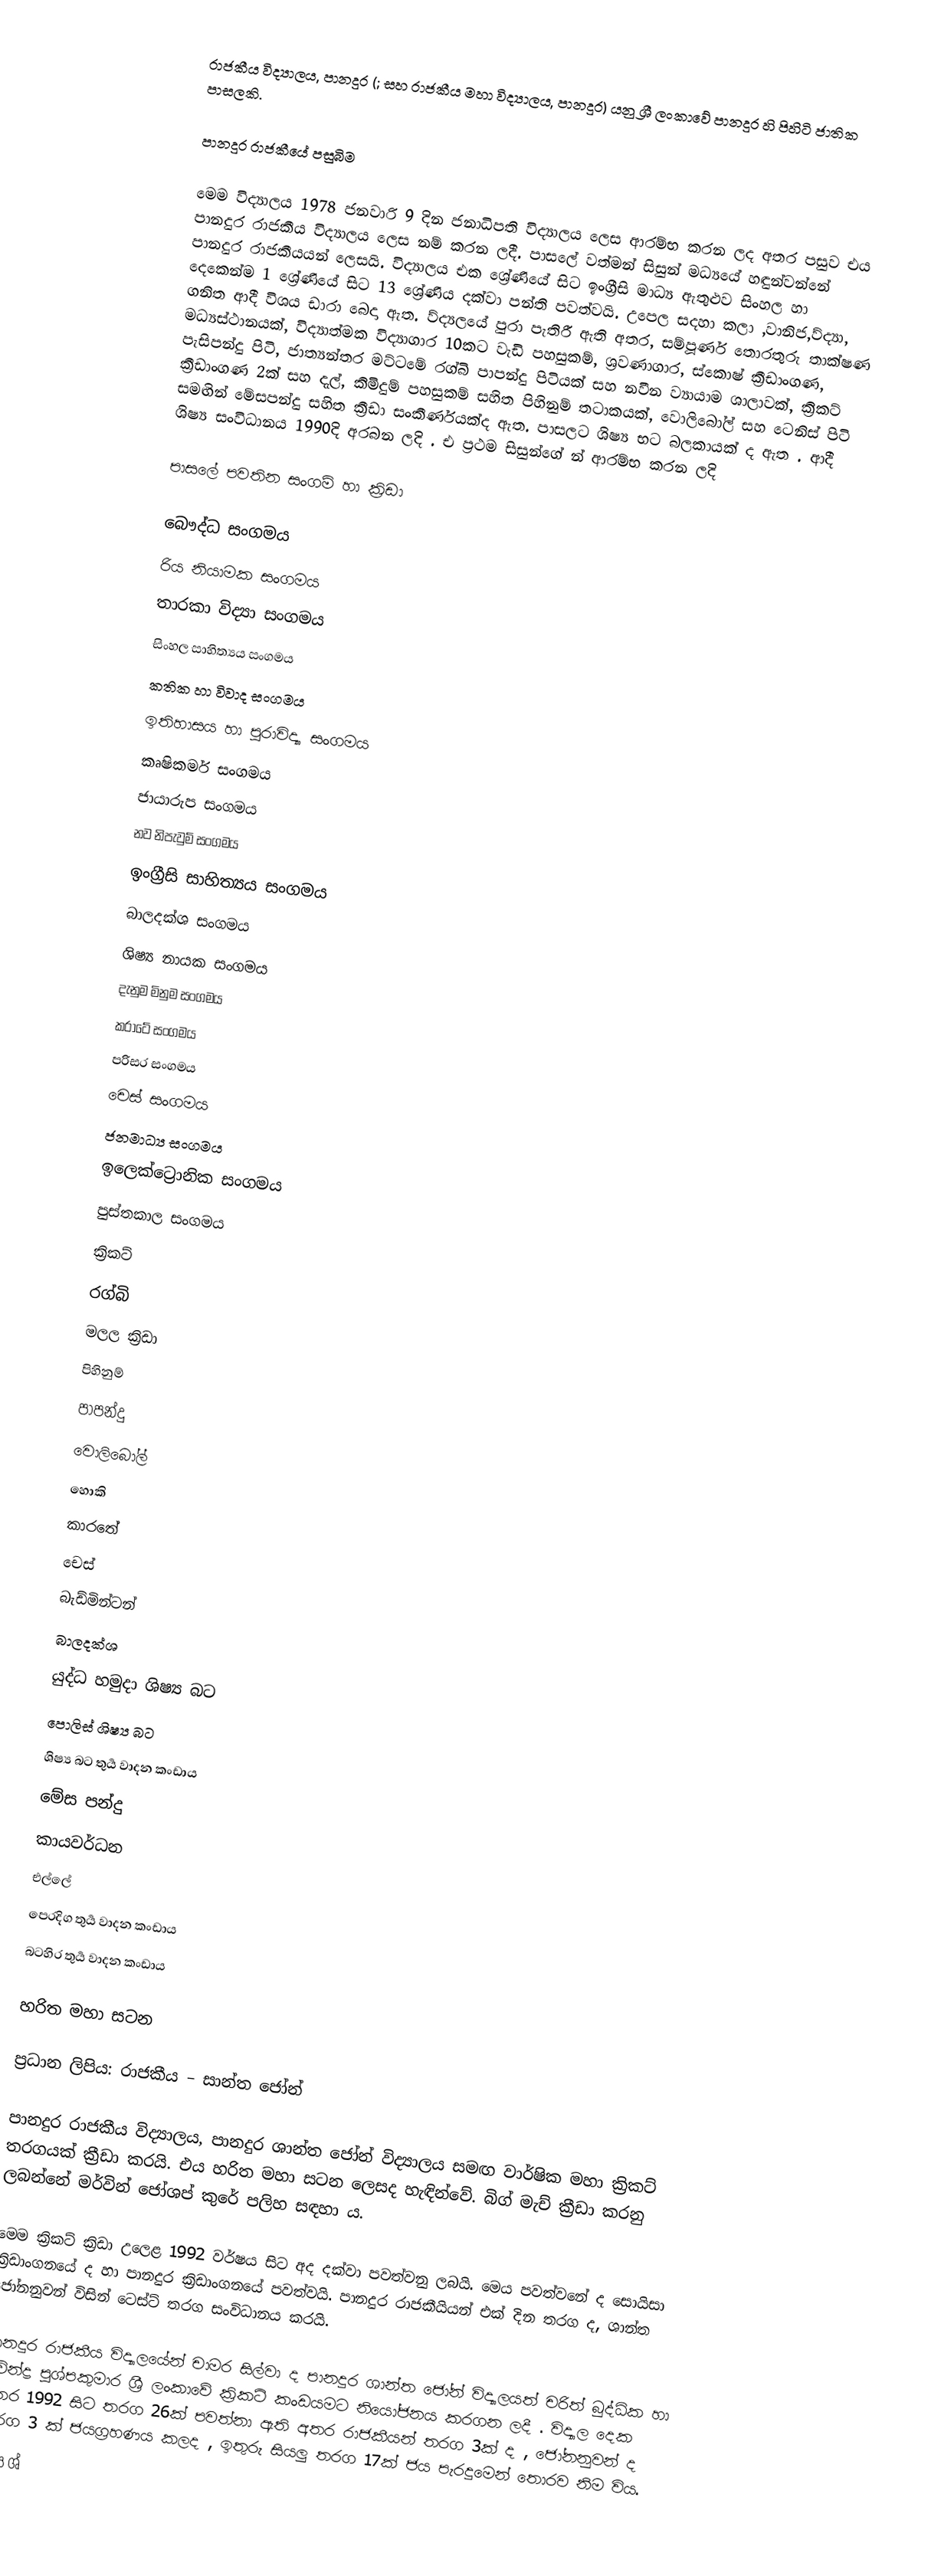
රාජකීය විද්‍යාලය, පානදුර (; සහ රාජකීය මහා විද්‍යාලය, පානදුර) යනු ශ්‍රී ලංකාවේ පානදුර හි පිහිටි ජාතික පාසලකි.

පානදුර රාජකීයේ පසුබිම

 මෙම විද්‍යාලය 1978 ජනවාරි 9 දින ජනාධිපති විද්‍යාලය ලෙස ආරම්භ කරන ලද අතර පසුව එය පානදුර රාජකීය විද්‍යාලය ලෙස නම් කරන ලදී. පාසලේ වත්මන් සිසුන් මධ්‍යයේ හඳුන්වන්නේ පානදුර රාජකීයයන් ලෙසයි. විද්‍යාලය එක ශ්‍රේණියේ සිට ඉංග්‍රීසි මාධ්‍ය ඇතුළුව සිංහල හා  දෙකෙන්ම 1 ශ්‍රේණියේ සිට 13 ශ්‍රේණිය දක්වා පන්ති පවත්වයි. උපෙල සදහා  කලා ,වානිජ,ව්ද්‍යා, ගනිත ආදී විශය ඩාරා බෙදා ඇත. ව්ද්‍යලයේ   පුරා පැතිරී ඇති අතර, සම්පූර්ණ තොරතුරු තාක්ෂණ මධ්‍යස්ථානයක්, විද්‍යාත්මක විද්‍යාගාර 10කට වැඩි පහසුකම්, ශ්‍රවණාගාර, ස්කොෂ් ක්‍රීඩාංගණ, පැසිපන්දු පිටි, ජාත්‍යන්තර මට්ටමේ රග්බි පාපන්දු පිටියක් සහ නවීන ව්‍යායාම ශාලාවක්, ක්‍රිකට් ක්‍රීඩාංගණ 2ක් සහ දැල්, කිමිදුම් පහසුකම් සහිත පිහිනුම් තටාකයක්, වොලිබෝල් සහ ටෙනිස් පිටි සමඟින් මේසපන්දු සහිත ක්‍රීඩා සංකීර්ණයක්ද ඇත. පාසලට ශිෂ්‍ය භට බලකායක් ද ඇත . ආදී ශිෂ්‍ය සංවිධානය 1990දි අරබන ලදි . එ ප්‍රථම සිසුන්ගේ න් ආරම්භ කරන ලදි

පාසලේ පවතින සංගම් හා ක්‍රිඩා

 බෞද්ධ සංගමය
 රිය නියාමක සංගමය
 තාරකා විද්‍යා සංගමය
 සිංහල සාහිත්‍යය සංගමය
 කතික හා විවාද සංගමය
 ඉතිහාසය හා පුරාවිද්‍යා සංගමය
 කෘෂිකර්ම සංගමය
 ජායාරුප සංගමය
 නව නිපැවුම් සංගමය
 ඉංග්‍රීසි සාහිත්‍යය සංගමය
 බාලදක්ශ සංගමය
 ශිෂ්‍ය නායක සංගමය
 දැනුම මිනුම සංගමය
 කරාටේ සංගමය
 පරිසර සංගමය
 චෙස් සංගමය
 ජනමාධ්‍ය සංගමය
 ඉලෙක්ට්‍රොනික සංගමය
 පුස්තකාල සංගමය
ක්‍රිකට්
රග්බි
මලල ක්‍රිඩා
පිහිනුම්
පාපන්දු
වොලිබෝල්
හොකි
කාරතේ
චෙස්
බැඩ්මින්ටන්
බාලදක්ශ
යුද්ධ හමුදා ශිෂ්‍ය බට
පොලිස් ශිෂ්‍ය බට
ශිෂ්‍ය බට තුර්‍ය වාදන කංඩාය
මේස පන්දු
කායවර්ධන
එල්ලේ
පෙරදිග තුර්‍ය වාදන කංඩාය
බටහිර තුර්‍ය වාදන කංඩාය

හරිත මහා සටන

 ප්‍රධාන ලිපිය:  රාජකීය – සාන්ත ජෝන්

 පානදුර රාජකීය විද්‍යාලය, පානදුර ශාන්ත ජෝන් විද්‍යාලය සමඟ වාර්ෂික මහා ක්‍රිකට් තරගයක් ක්‍රීඩා කරයි. එය හරිත මහා සටන ලෙසද හැඳින්වේ. බිග් මැච් ක්‍රීඩා කරනු ලබන්නේ මර්වින් ජෝශප් කුරේ පලිහ සඳහා ය.

 මෙම ක්‍රිකට් ක්‍රිඩා උලෙළ 1992 වර්ෂය සිට අද දක්වා පවත්වනු ලබයි. මෙය පවත්වනේ ද සොයිසා ක්‍රිඩාංගනයේ ද හා පානදුර ක්‍රිඩාංගනයේ පවත්වයි. පානදුර රාජකීයියන් එක් දින තරග ද, ශාන්ත ජෝනනුවන් විසින් ටෙස්ට් තරග සංවිධානය කරයි.

 පානදුර රාජකීය විද්‍යාලයේන් චාමර සිල්වා  ද   පානදුර ශාන්ත ජෝන් විද්‍යාලයත්  චරිත් බුද්ධික හා  රවින්ද්‍ර පුශ්පකුමාර  ශ්‍රී ලංකාවේ ක්‍රිකට් කංඩයමට නියෝජනය කරගන ලදී . විද්‍යාල දෙක අතර 1992 සිට තරග 26ක් පවත්නා ඇති අතර රාජකීයන් තරග 3ක් ද , ජෝනනුවන් ද තරග 3 ක් ජයග්‍රහණය කලද , ඉතුරු සියලු තරග 17ක්  ජය පැරදුමෙන් තොරව නිම විය.
 මෙය ශ්